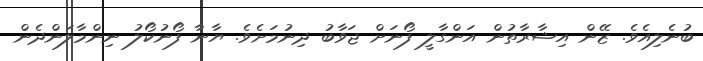
ބުނެލިއެވެ. ޒޭން އިޝާރާތުން އަންގާލީ ފޯނަށް ޖަވާބު ދިނުމަށެވެ. ޔާނާ ފޯނުކޯލު ނިންމާލަންދެން